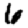
Digit: 6